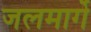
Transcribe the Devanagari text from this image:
जलमार्गे